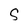
Character: S